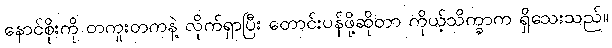
နောင်စိုးကို တကူးတကနဲ့ လိုက်ရှာပြီး တောင်းပန်ဖို့ဆိုတာ ကိုယ့်သိက္ခာက ရှိသေးသည်။